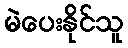
မဲပေးနိုင်သူ